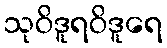
သုဝိဒူရဝိဒူရေ